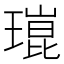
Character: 𤨾